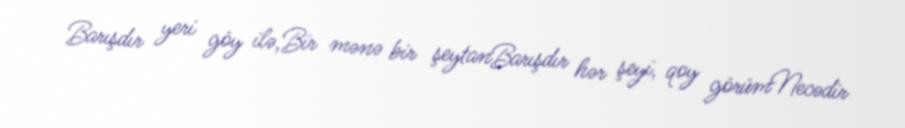
Barışdır yeri göy ilə,Bir mənə bir şeytanBarışdır hər şeyi, qoy görümNecədir